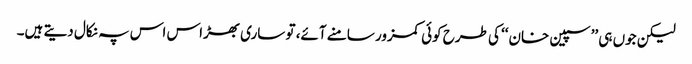
لیکن جوں ہی ’’سپین خان‘‘ کی طرح کوئی کمزور سامنے آئے، تو ساری بھڑاس اس پہ نکال دیتے ہیں۔